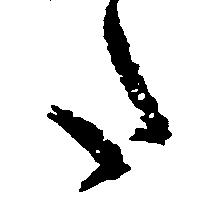
た